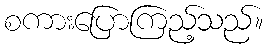
စကားပြောကြည့်သည်။